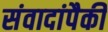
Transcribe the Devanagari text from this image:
संवादांपैकी